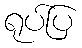
ရုပ်ပြ